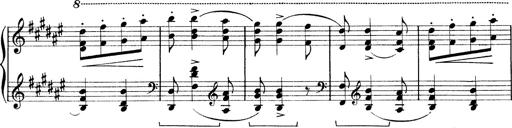
Title: Rapsodie: 19 ungheresi, 1 spagnuola
Composer: Franz Liszt